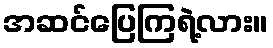
အဆင်ပြေကြရဲ့လား။